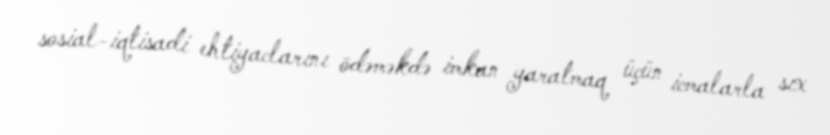
sosial-iqtisadi ehtiyaclarını ödəməkdə imkan yaratmaq üçün icmalarla sıx